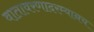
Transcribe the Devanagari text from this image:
वातावरणादरम्यानच